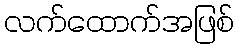
လက်ထောက်အဖြစ်